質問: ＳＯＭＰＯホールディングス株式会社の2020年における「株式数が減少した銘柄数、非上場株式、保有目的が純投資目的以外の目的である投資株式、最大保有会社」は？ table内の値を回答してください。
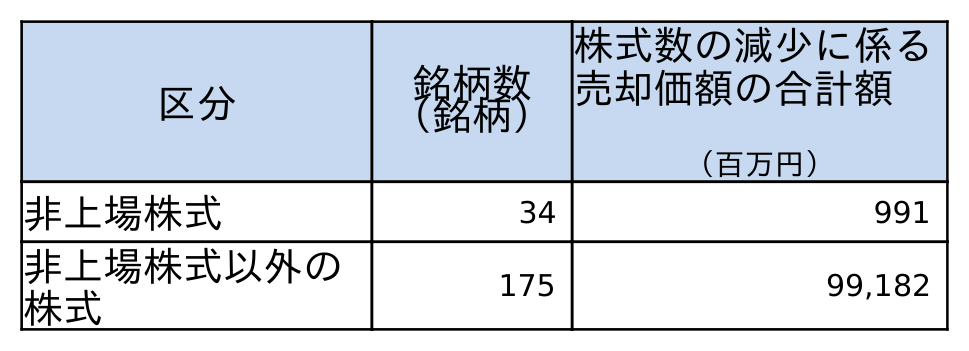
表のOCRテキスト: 区分 銘柄数 （銘柄） 株式数の減少に係る 売却価額の合計額 （百万円） 非上場株式 34 991 非上場株式以外の 株式 175 99,182
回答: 34